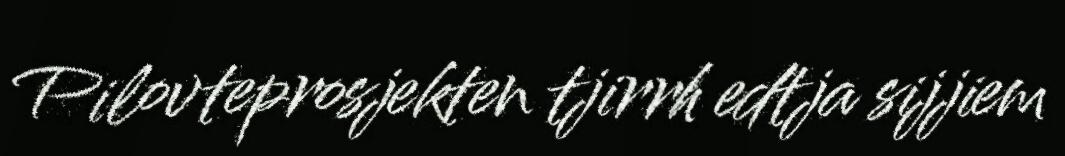
Pilovteprosjekten tjirrh edtja sijjiem